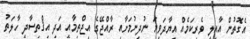
އެގޮތުން އާއިލީ ވެރިކަމެއް އިޔާދަވިޔަ ނުދިނުމަށާއި ރާއްޖޭގެ އިޖްތިމާއީ އަދި އިޤްތިސާދީ ހާލަތު